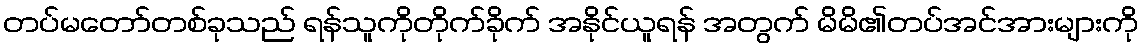
တပ်မတော်တစ်ခုသည် ရန်သူကိုတိုက်ခိုက် အနိုင်ယူရန် အတွက် မိမိ၏တပ်အင်အားများကို